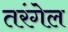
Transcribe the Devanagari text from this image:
तरंगेल